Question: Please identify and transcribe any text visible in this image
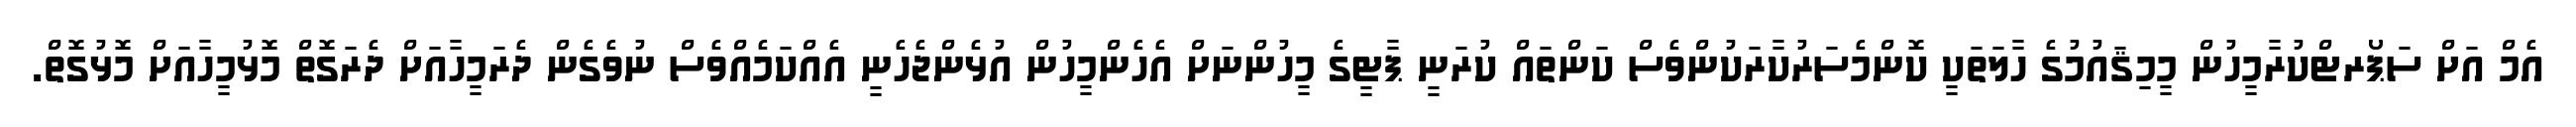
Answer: އެމް އަށް ސަޕޯރޓްކުރާމީހުން މީމިޤައުމުގެ ހާލަތަކީ ކޮންމެސަރުކާރަކުންވެސް ކަންތައް ކުރަނީ ޕާޓީގެ މީހުންނަށް އެހެންމީހުން އުޅެންޖެހެނީ އެއްކަމެއްވެސް ނުވެގެން ދެރަމީހާއަށް ދެރަގޮތް މޮޅުމީހާއަށް މޮޅުގޮތް.